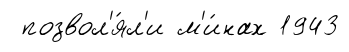
позвол'я́л'и м'и́нах 1943